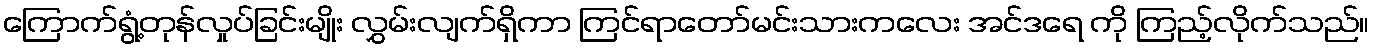
ကြောက်ရွံ့တုန်လှုပ်ခြင်းမျိုး လွှမ်းလျက်ရှိကာ ကြင်ရာတော်မင်းသားကလေး အင်ဒရေ ကို ကြည့်လိုက်သည်။